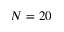
N = 2 0